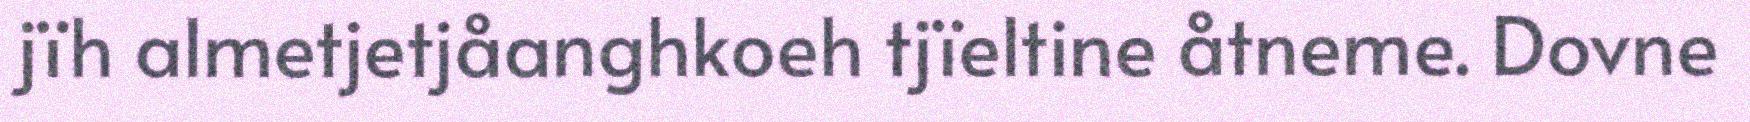
jïh almetjetjåanghkoeh tjïeltine åtneme. Dovne